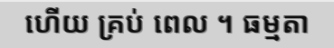
ហើយ គ្រប់ ពេល ។ ធម្មតា